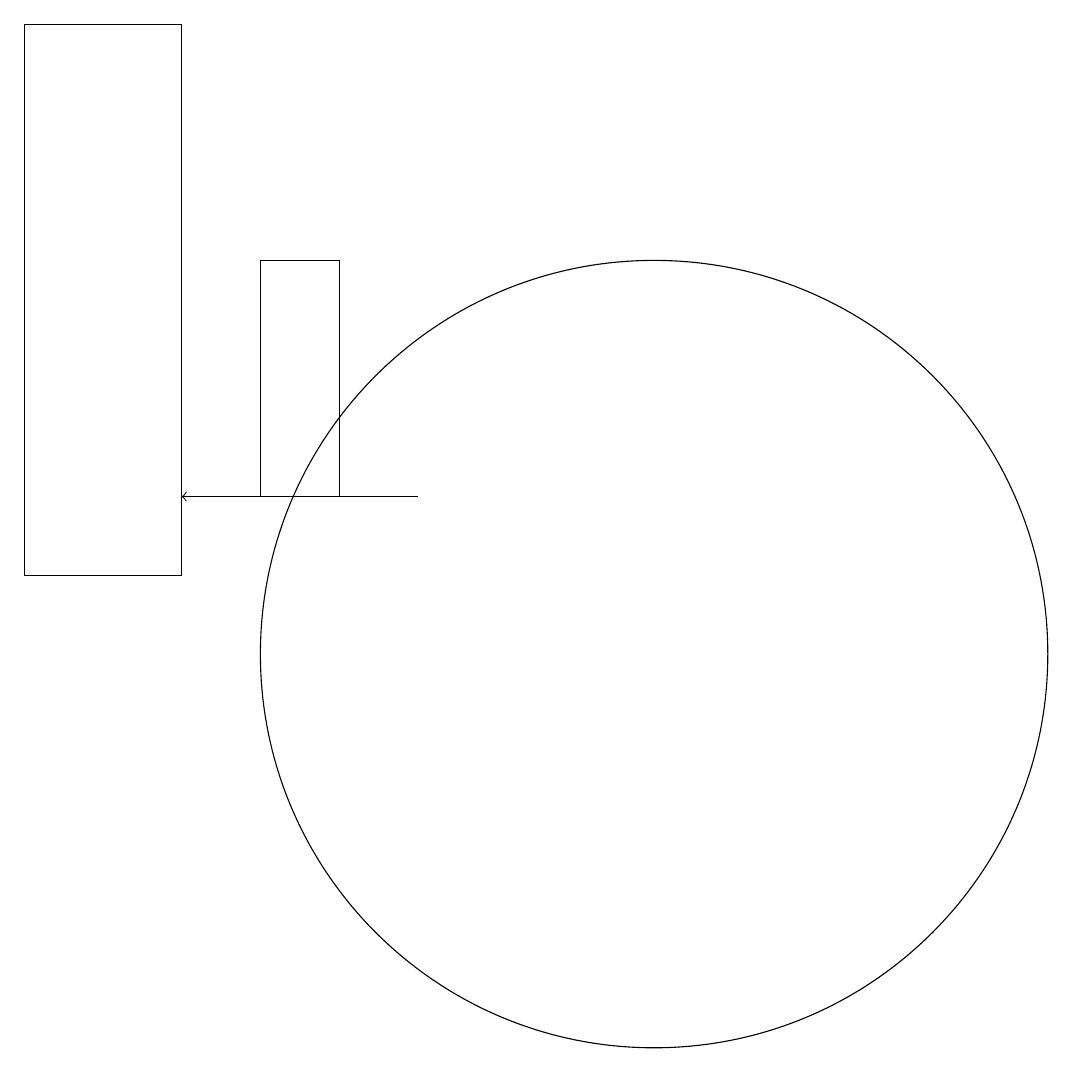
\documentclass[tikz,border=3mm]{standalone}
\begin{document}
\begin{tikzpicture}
\draw (2,11) rectangle (4,18);
\draw[->] (7,12) -- (4,12);
\draw (10,10) circle (5);
\draw (5,12) rectangle (6,15);
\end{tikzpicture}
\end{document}